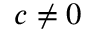
c \neq 0